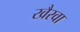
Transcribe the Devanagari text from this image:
खैरवा